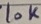
Text: 10K